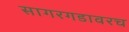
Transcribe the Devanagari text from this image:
सागरगडावरच